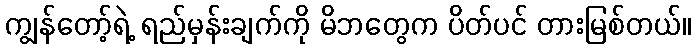
ကျွန်တော့်ရဲ့ ရည်မှန်းချက်ကို မိဘတွေက ပိတ်ပင် တားမြစ်တယ်။